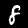
Label: 8